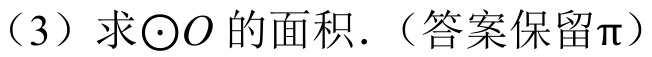
（3）求\(\odot O\) 的面积.（答案保留\(\pi\)）